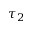
\tau _ { 2 }